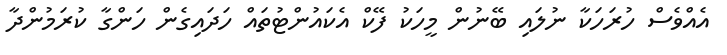
އެެއްވެސް ހުރަހަކާ ނުލައި ބޭނުން މީހަކު ފޭކް އެކައުންޓުތައް ހަދައިގެން ހަންގާ ކުރަމުންދާ